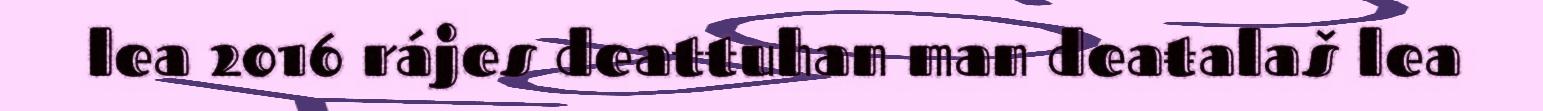
lea 2016 rájes deattuhan man deaŧalaš lea